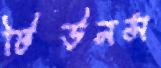
টিউনস